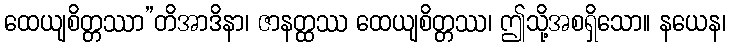
ထေယျစိတ္တဿာ”တိအာဒိနာ၊ ဇာနတ္ထဿ ထေယျစိတ္တဿ၊ ဤသို့အစရှိသော။ နယေန၊